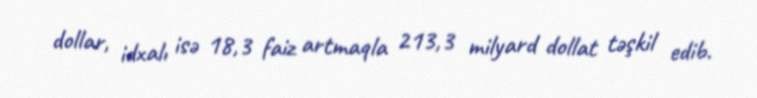
dollar, idxalı isə 18,3 faiz artmaqla 213,3 milyard dollat təşkil edib.